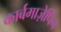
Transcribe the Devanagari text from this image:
कार्बमाज़ेपिंन